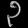
Digit: ၃